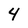
Character: 4